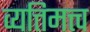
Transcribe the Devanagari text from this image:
व्यत्तिमत्त्व